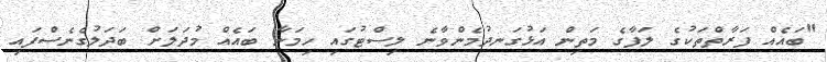
"ބައެއް ފަރާތްތަކުގެ ލަފާގެ މަތިން އަޅުގަނދުމެންވާނެ ލިސްޓުގައި ހިމަނާ ބައެއް މުދަލަށް ބަދަލުގެނެސްފައި